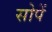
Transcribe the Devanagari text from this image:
सोपें